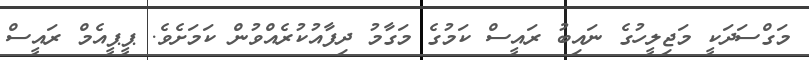
މަގްސަދަކީ މަޖިލީހުގެ ނައިބު ރައީސް ކަމުގެ މަގާމު ދިފާއުކުރެއްވުން ކަމަށެވެ. ޕީޕީއެމް ރައީސް